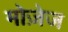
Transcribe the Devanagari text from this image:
मोज़ेज